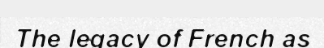
The legacy of French as